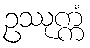
ဥဿုက္ကံ